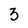
Character: 3